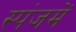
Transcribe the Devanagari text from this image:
स्पंजमें